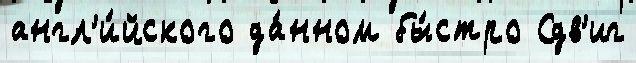
англ'и́йского да́нном бы́стро Сдв'иг